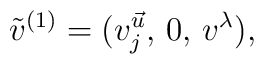
\tilde v^{(1)} = (v^{\vec u}_{j},\, 0, \, v^\lambda),